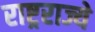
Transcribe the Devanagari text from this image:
राष्ट्रराज्ये